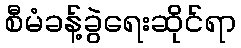
စီမံခန့်ခွဲရေးဆိုင်ရာ